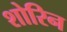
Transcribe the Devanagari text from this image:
शोरिन